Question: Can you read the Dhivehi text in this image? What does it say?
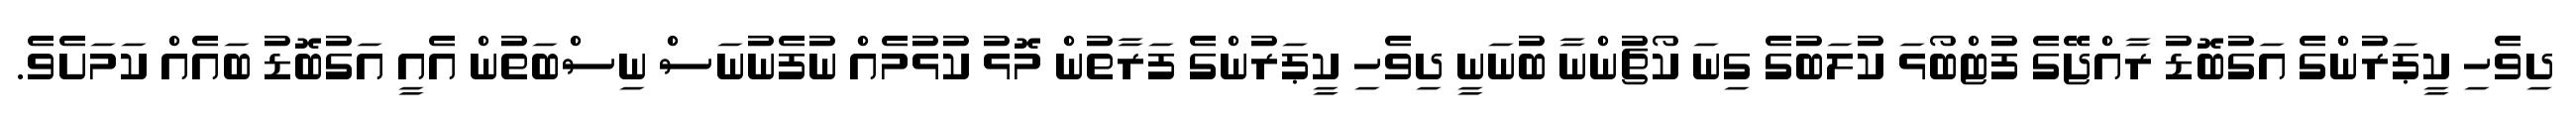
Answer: ދިވެހި ކީޕަރުންގެ އަގުބޮޑު ރާއްޖޭގެ ފުޓްބޯޅަ ކުލަބުގެ ގިނަ ކޯޗުންނާ ބުނަނީ ދިވެހި ކީޕަރުންގެ ފަރާތުން މޮޅު ކުޅުމެއް ނުފެނުނަސް ނިސްބަތުން އެއީ އަގުބޮޑު ބައެއް ކަމަށެވެ.